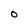
Character: 0